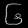
Digit: ၆